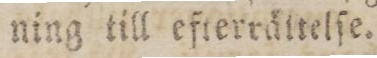
ning till efterrättelſe.